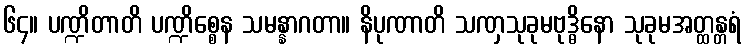
၆၄။ ပဏ္ဍိတာတိ ပဏ္ဍိစ္စေန သမန္နာဂတာ။ နိပုဏာတိ သဏှသုခုမဗုဒ္ဓိနော သုခုမအတ္ထန္တရံ